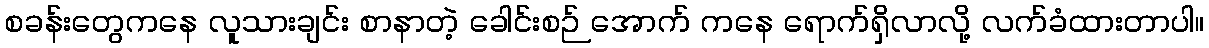
စခန်းတွေကနေ လူသားချင်း စာနာတဲ့ ခေါင်းစဉ် အောက် ကနေ ရောက်ရှိလာလို့ လက်ခံထားတာပါ။